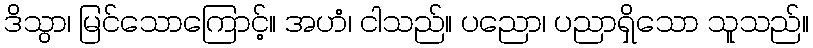
ဒိသွာ၊ မြင်သောကြောင့်။ အဟံ၊ ငါသည်။ ပညော၊ ပညာရှိသော သူသည်။